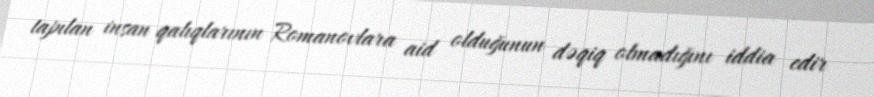
tapılan insan qalıqlarının Romanovlara aid olduğunun dəqiq olmadığını iddia edir